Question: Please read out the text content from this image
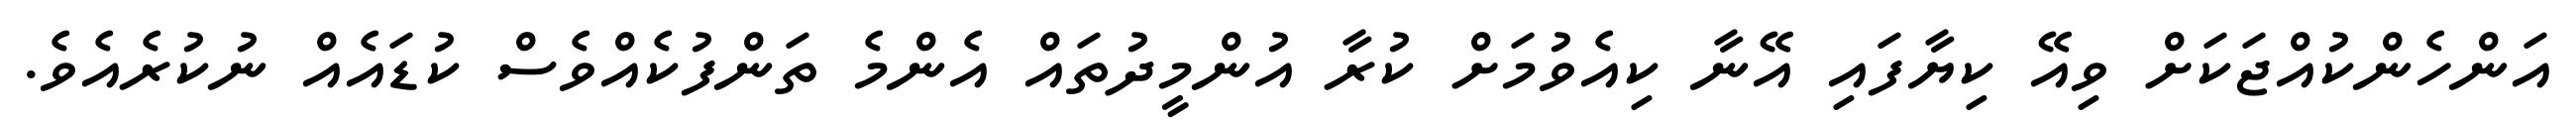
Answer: އަންހެންކުއްޖަކަށް ވިއޭ ކިޔާފައި އޭނާ ކިއެވުމަށް ކުރާ އުންމީދުތައް އެންމެ ތަންފުކެއްވެސް ކުޑައެއް ނުކުރެއެވެ.